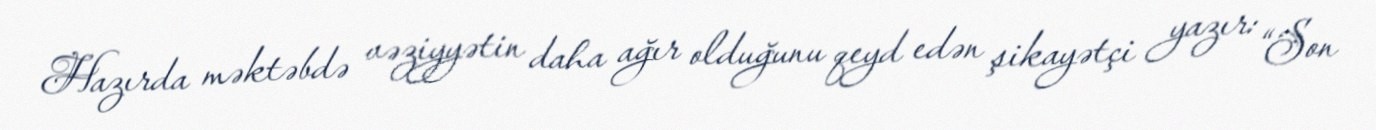
Hazırda məktəbdə vəziyyətin daha ağır olduğunu qeyd edən şikayətçi yazır: “Son